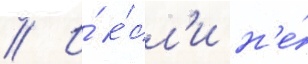
// И́ е́сл'и н'е́